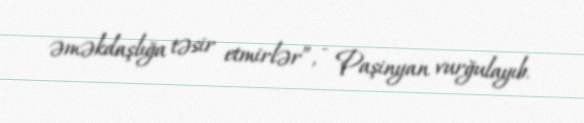
əməkdaşlığa təsir etmirlər”, - Paşinyan vurğulayıb.